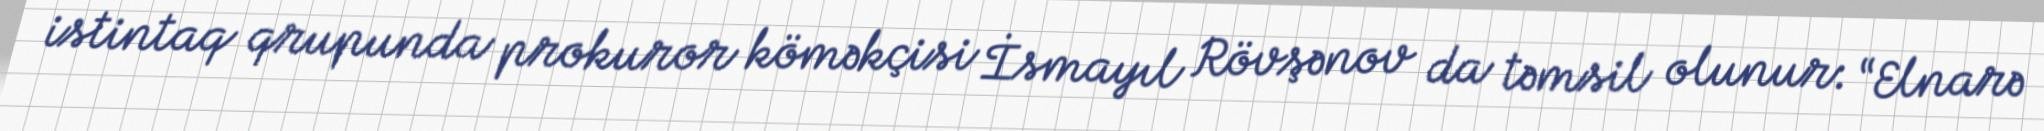
istintaq qrupunda prokuror köməkçisi İsmayıl Rövşənov da təmsil olunur: “Elnarə